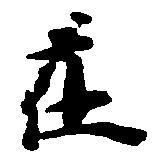
在